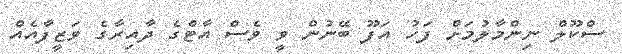
ސްކޫލް ނިންމާލުމަށް ފަހު އަފޫ ބޭނުން ވީ ވެސް އާޓްގެ ދާއިރާގެ ވަޒީފާއެއް